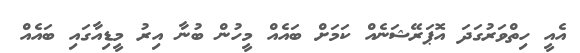
އެއީ ހިތްވަރުގަދަ އޮޕަރޭޝަނެއް ކަމަށް ބައެއް މީހުން ބުނާ އިރު މީޑިއާގައި ބައެއް